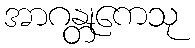
အာဂန္တုကေသု